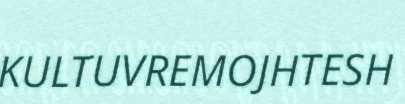
KULTUVREMOJHTESH